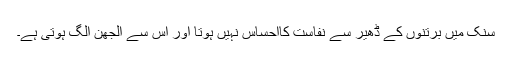
سنک میں برتنوں کے ڈھیر سے نفاست کااحساس نہیں ہوتا اور اس سے الجھن الگ ہوتی ہے۔